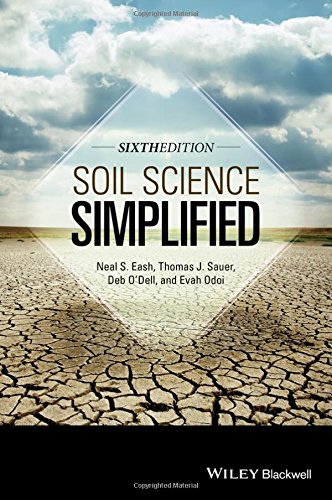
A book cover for Soil Science Simplified; Neal S. Eash; Science & Math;